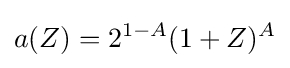
a(Z)=2^{1-A}(1+Z)^{A}